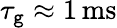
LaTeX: \tau_{\mathtt{g}}\approx1\, \mathrm{{ms}}